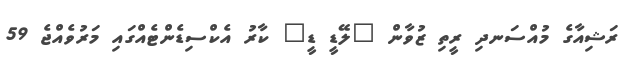
ރަޝިއާގެ މުއްސަނދި ރީތި ޒުވާން "ލޭޑީ ޑީ" ކާރު އެކްސިޑެންޓެއްގައި މަރުވެއްޖެ 59